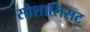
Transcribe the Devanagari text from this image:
सोशालिसट